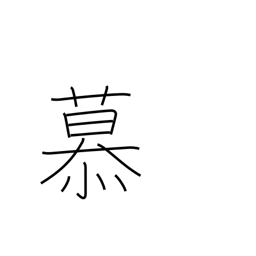
Meaning: love dearly